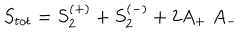
S _ { t o t } = S _ { 2 } ^ { ( + ) } + S _ { 2 } ^ { ( - ) } + 2 A _ { + } \; A _ { - }